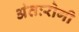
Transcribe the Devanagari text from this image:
अंतःरोगी